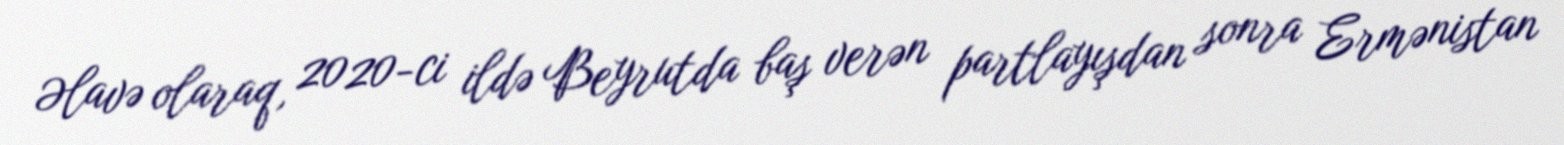
Əlavə olaraq, 2020-ci ildə Beyrutda baş verən partlayışdan sonra Ermənistan